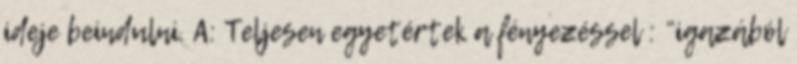
ideje beindulni. A: Teljesen egyetértek a fényezéssel : “igazából